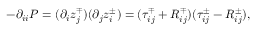
- \partial _ { i i } P = ( \partial _ { i } z _ { j } ^ { \mp } ) ( \partial _ { j } z _ { i } ^ { \pm } ) = ( \tau _ { i j } ^ { \mp } + R _ { i j } ^ { \mp } ) ( \tau _ { i j } ^ { \pm } - R _ { i j } ^ { \pm } ) ,